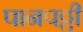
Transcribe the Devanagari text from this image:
पानपट्टी